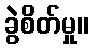
ခွဲစိတ်မှု။